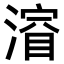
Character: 𣼂